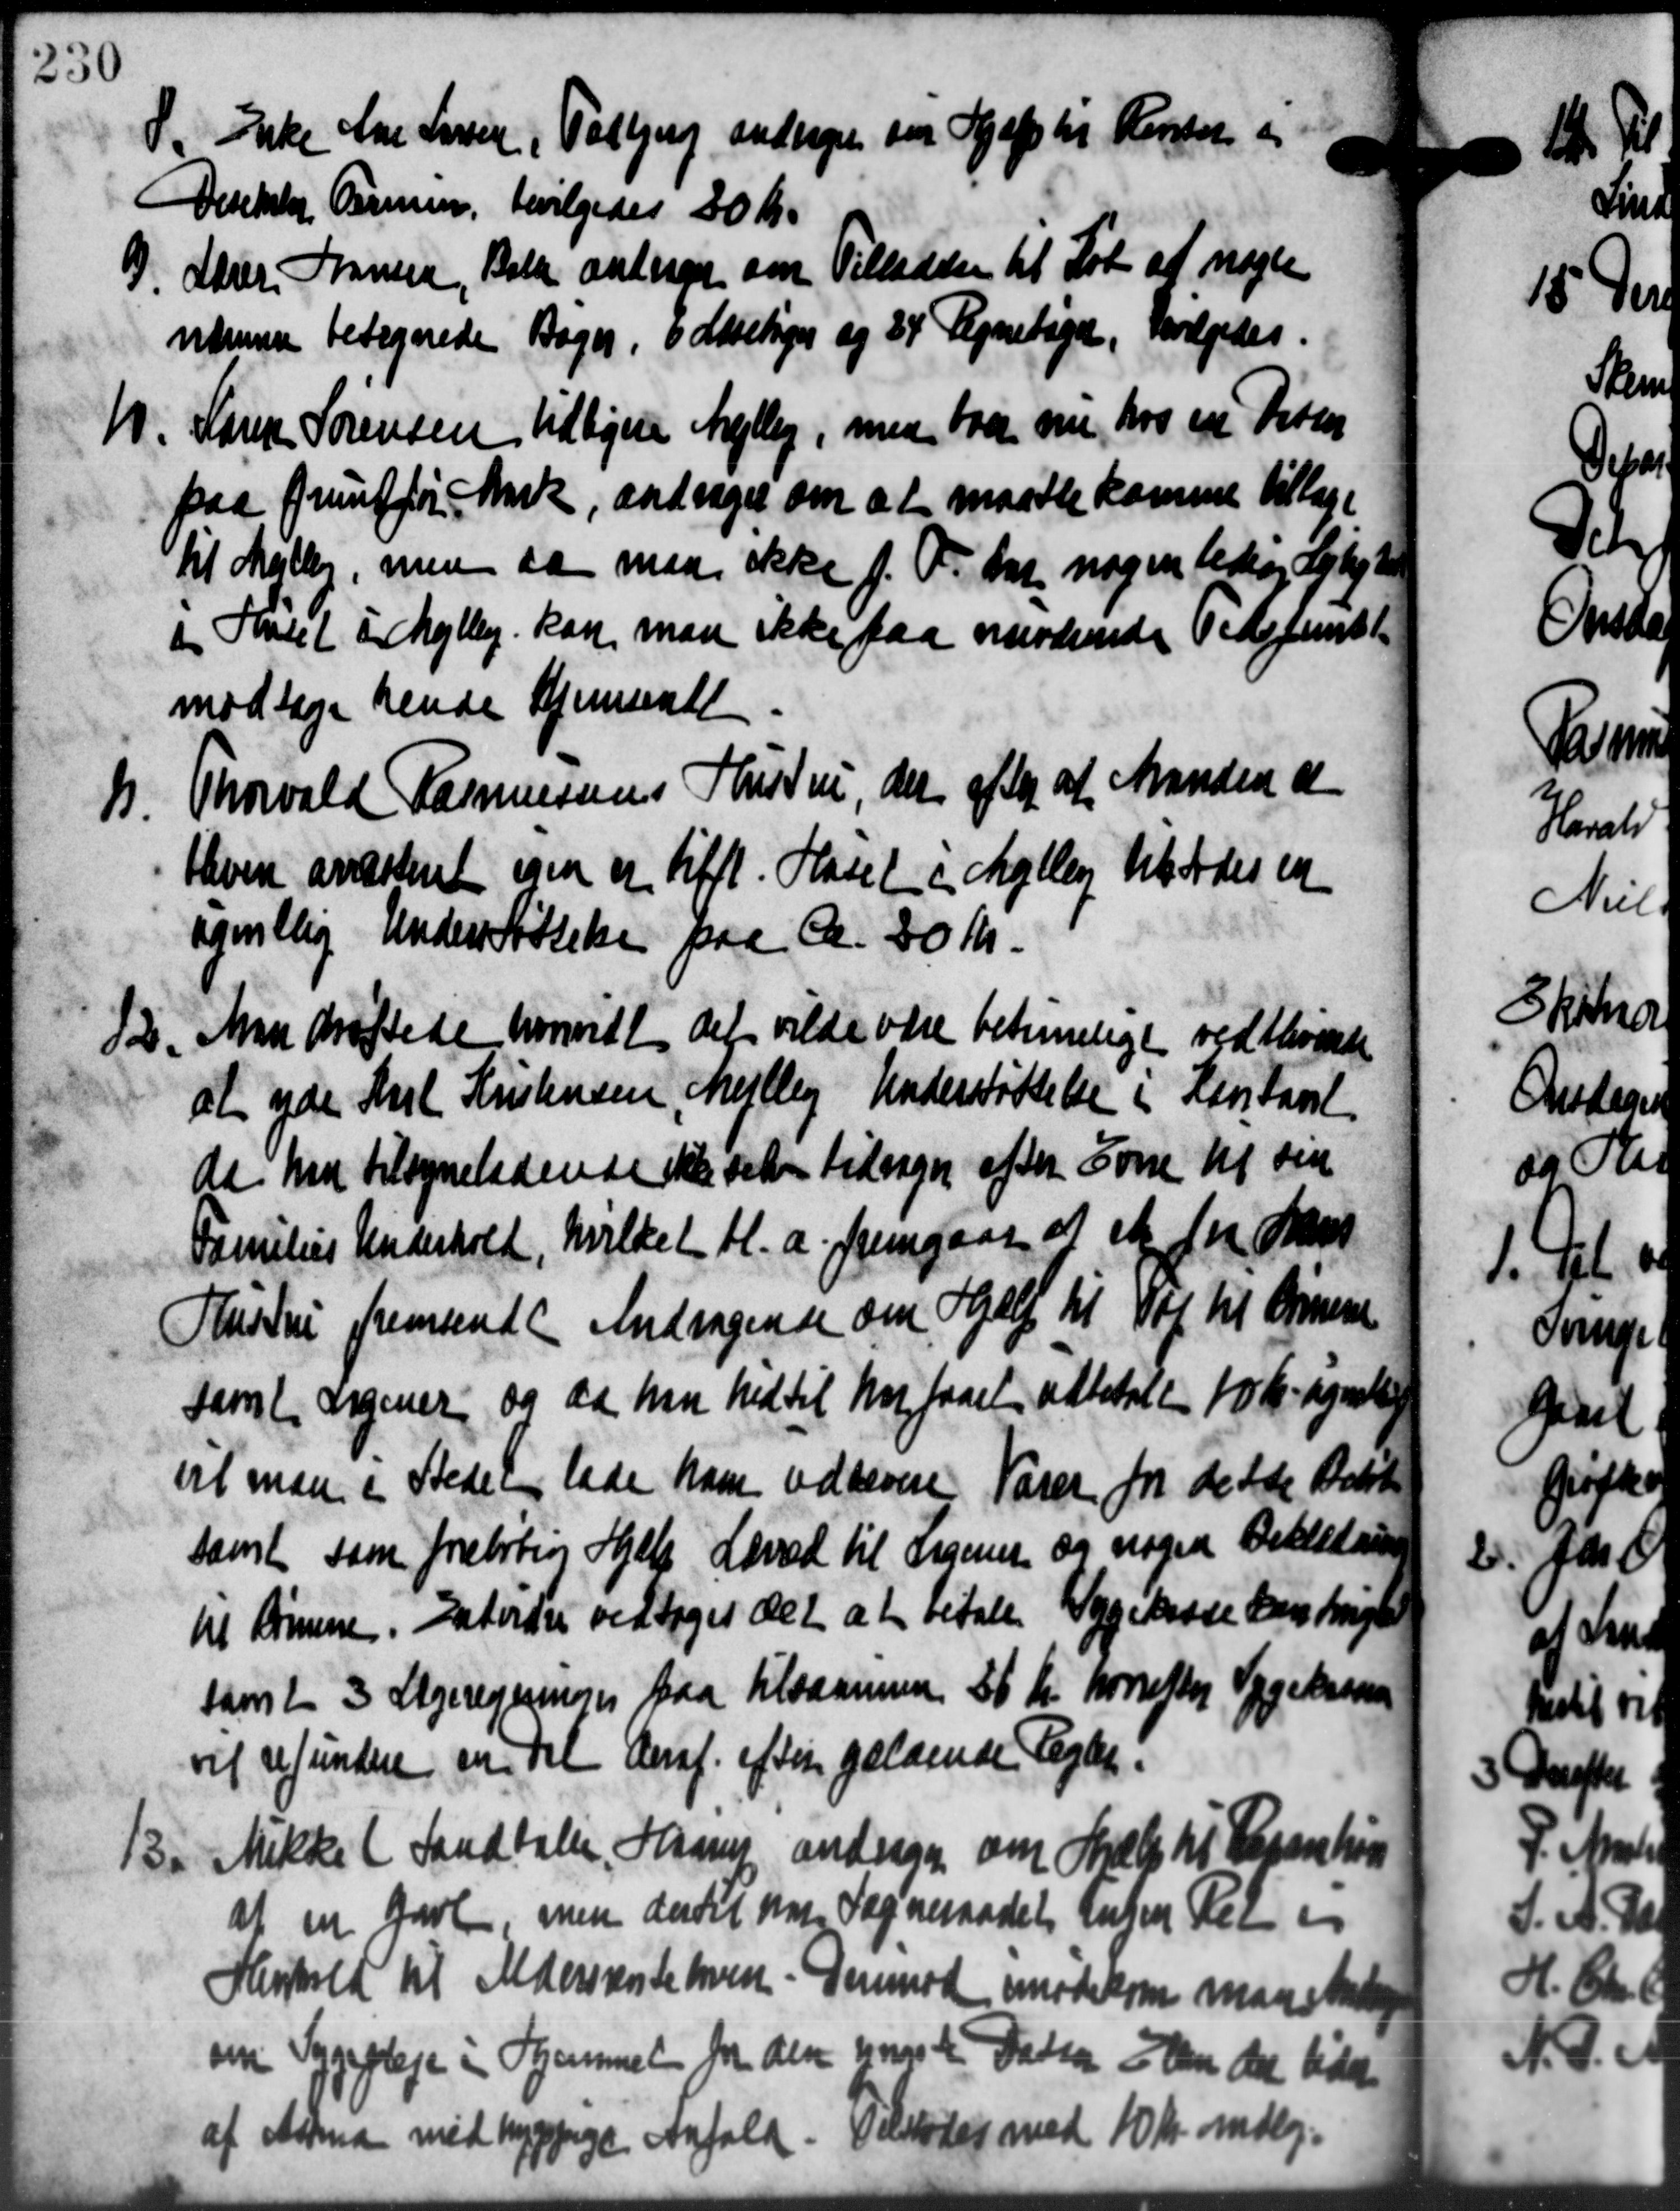
Transskription:
8. Enke Chr. Larsen, Todbjerg andrager om Hjælp til Kassen og
8. Enke Chr. Larsen, Todbjerg andrager om Hjælp til Kassen og
Direktor Varmen, bevilgedes 20 Kr.
D. Laur Hansen, Bold antager om Tilladelse til Sot af nogle
D. Laur Hansen, Bold antager om Tilladelse til Sot af nogle
ndmurer betegnede Bager, i Akseliger og 24 Tegnetige, bevilgedes.
N. Karen Sørensen tidligere Mejlby, med faar nu hos en Peter
N. Karen Sørensen tidligere Mejlby, med faar nu hos en Peter
paa Grundfør Mark, andrages om at maatte komme tillage
til Møller, men da maa ikke f. T. Der nogen ledig Lejligt
i Huset i Mejlby kan man ikke faa nuværende Tiderent
modtage hende Hjemmed
11.
Thorvald Rasmussens Hustru, der afler af Manden a
bleven anesteret igen er tilfl. Hasel i Møllery Ulstodes en
ugmillig Understøttelse paa ca. 30 Kr.
13.
Man drøftede hvorvidt det vilde være betimeligt vedblivende
at yde Karl Kristensen, Mejlby Understøttelse i Konstanst
da han tilsyneladende ikke set tilsagn efter som til sin
Families Underhold, hvilket bl.a. fremgaar af et fra Hans
Hustru fremsendt Andragende om Hjælp til Vej til Oriene
samt Sigener og da han hed til har faaet udbetale 10 Kr. sogneteg
vt man i Stedet lade ham udlevere Varer for dette Beløb
samt som foreløbig Hjelp Loved til Lignen og nogen Beklædning
til Børnene. Endvider vedtoges det at betale Sygekasse kan brugte
samt 3 Steregninger paa tilsammen 36 Kr hvorefter Sygekassen
vil refundere en til Heraf. efter gældende Regler.
13. Mikke (Landtale Haarup andrager om Hjælp til Rosenhus
13. Mikke (Landtale Haarup andrager om Hjælp til Rosenhus
af en Gavl, men dertil har Sogneraadet husen Ret er
Henhold til Aldersrente hver. Derimod mødekom man skade
sin Sygepleje i Hjemmet for den unge de Datter i den der lide
af Adma med hyppige Anfald. Tilstodes med 10 Kr. mdlg.